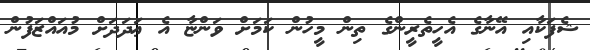
ޝެފަކާއި އޭނާގެ އެހީތެރީންގެ ތިން މީހުން ކަމަށް ވަންޏާ އެ ޢަދަދަށް މުއައްޒަފުން